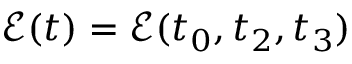
\mathcal { E } ( t ) = \mathcal { E } ( t _ { 0 } , t _ { 2 } , t _ { 3 } )